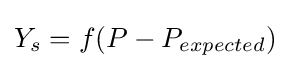
Y_{s}=f(P-P_{expected})